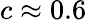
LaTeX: c\approx 0.6